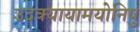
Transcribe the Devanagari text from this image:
उदक्यायामयोनिषु